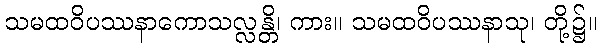
သမထဝိပဿနာကောသလ္လန္တိ၊ ကား။ သမထဝိပဿနာသု၊ တို့၌။